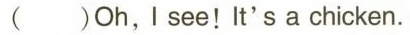
（） Oh, I see!It's a chicken.